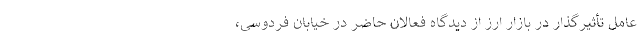
عامل تأثیرگذار در بازار ارز از دیدگاه فعالان حاضر در خیابان فردوسی،